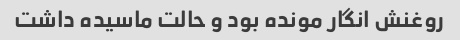
روغنش انگار مونده بود و حالت ماسیده داشت